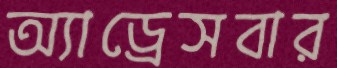
অ্যাড্রেসবার